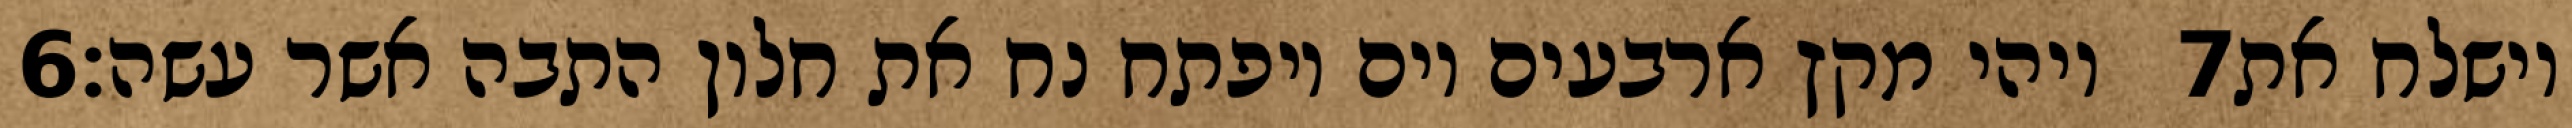
‎6‏ ויהי מקץ ארבעים יום ויפתח נח את חלון התבה אשר עשה׃ ‎7‏ וישלח את